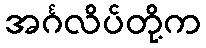
အင်္ဂလိပ်တို့က